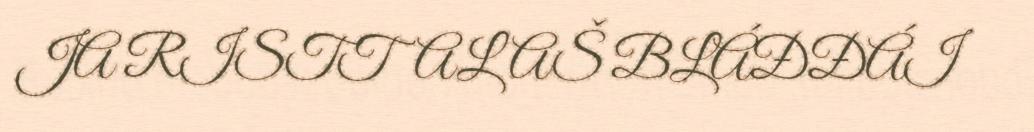
JA RISTTALAŠ BLÁĐĐÁI